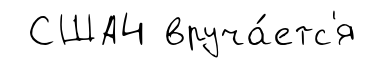
США4 вруча́етс'я